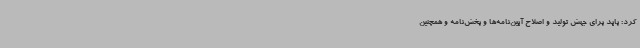
کرد: باید برای جهش تولید و اصلاح آیین‌نامه‌ها و بخش‌نامه و همچنین